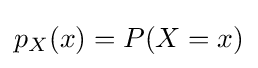
p_{X}(x)=P(X=x)